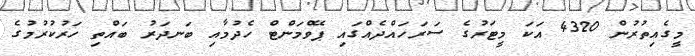
މީގެއިތުރުން 4320 އަކަ މީޓަރުގެ ސަރަހައްދެއްގައި ޕޭވްމަންޓް ހެދުމާއި ބަނދަރު ބައްތި ހަރުކުރުމުގެ